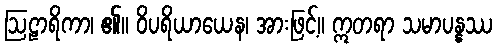
ဩဠာရိကာ၊ ၏။ ဝိပရိယာယေန၊ အားဖြင့်။ ဣတရာ သမာပန္နဿ